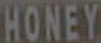
HONEY